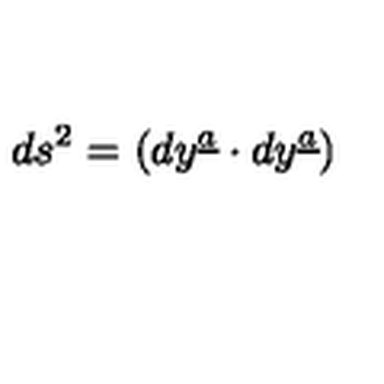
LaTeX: d s \sp 2 = ( d y \sp { \underline { { a } } } \cdot d y \sp { \underline { { a } } } )